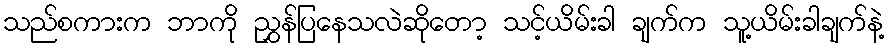
သည်စကားက ဘာကို ညွှန်ပြနေသလဲဆိုတော့ သင့်ယိမ်းခါ ချက်က သူ့ယိမ်းခါချက်နဲ့